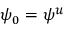
\psi _ { 0 } = \psi ^ { u }